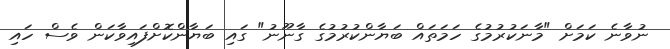
ނުވާނެ ކަމަށް "މާނަކުރުމުގެ ހަމަތައް ބަޔާންކުރުމުގެ ގާނޫނު" ގައި ބަޔާންކޮށްފައިވާކަން ވެސް ހައި